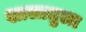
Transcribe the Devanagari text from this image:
शालातुला